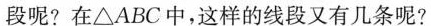
段呢?在△ABC中，这样的线段又有几条呢?(